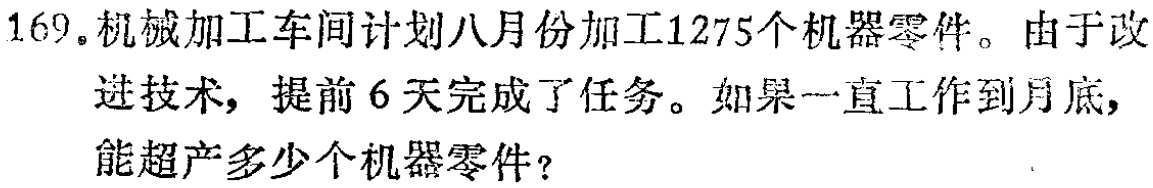
169.机械加工车间计划八月份加工1275个机器零件。由于改进技术，提前6天完成了任务。如果一直工作到月底，能超产多少个机器零件？